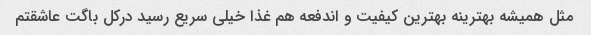
مثل همیشه بهترینه بهترین کیفیت و اندفعه هم غذا خیلی سریع رسید درکل باگت عاشقتم